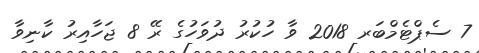
7 ސެޕްޓެމްބަރ 2018 ވާ ހުކުރު ދުވަހުގެ ރޭ 8 ޖަހާއިރު ކާނިވާ